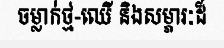
ចម្លាក់ថ្ម-ឈើ និងសម្ភារៈដ៏